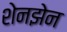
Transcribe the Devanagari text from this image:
शेनझेन